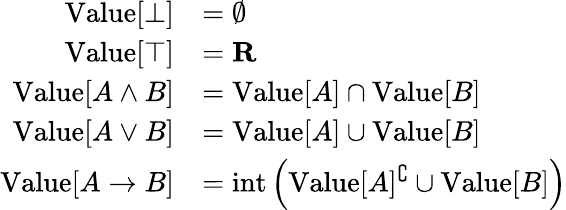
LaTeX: {\begin{array}{rl}{{\mathrm{Value}}[\bot]}&{=\emptyset}\\ {{\mathrm{Value}}[\top]}&{=\mathbf{R}}\\ {{\mathrm{Value}}[A\land B]}&{={\mathrm{Value}}[A]\cap{\mathrm{Value}}[B]}\\ {{\mathrm{Value}}[A\lor B]}&{={\mathrm{Value}}[A]\cup{\mathrm{Value}}[B]}\\ {{\mathrm{Value}}[A\to B]}&{={\mathrm{int}}\left({\mathrm{Value}}[A]^{\complement}\cup{\mathrm{Value}}[B]\right)}\end{array}}